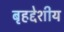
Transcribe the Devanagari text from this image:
बृहद्देशीय